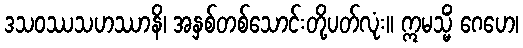
ဒသဝဿသဟဿာနိ၊ အနှစ်တစ်သောင်းတို့ပတ်လုံး။ ဣမသ္မိံ ဂေဟေ၊